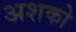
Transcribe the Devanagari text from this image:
अशको